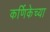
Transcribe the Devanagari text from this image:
कर्णिकेच्या